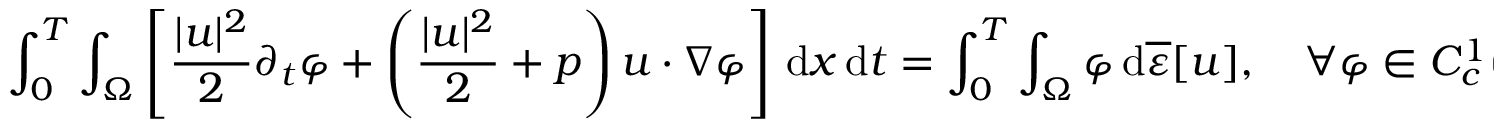
\int _ { 0 } ^ { T } \int _ { \Omega } \left[ \frac { | u | ^ { 2 } } { 2 } \partial _ { t } \varphi + \left( \frac { | u | ^ { 2 } } { 2 } + p \right) u \cdot \nabla \varphi \right] \, \mathrm { d } x \, \mathrm { d } t = \int _ { 0 } ^ { T } \int _ { \Omega } \varphi \, \mathrm { d } \overline { \varepsilon } [ u ] , \quad \forall \varphi \in C _ { c } ^ { 1 } ( \overline { \Omega } \times ( 0 , T ] ) .